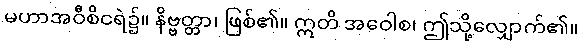
မဟာအဝီစိငရဲ၌။ နိဗ္ဗတ္တာ၊ ဖြစ်၏။ ဣတိ အဝေါစ၊ ဤသို့လျှောက်၏။